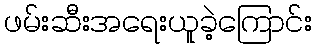
ဖမ်းဆီးအရေးယူခဲ့ကြောင်း